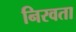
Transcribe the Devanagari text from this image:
निरवता